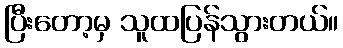
ပြီးတော့မှ သူထပြန်သွားတယ်။